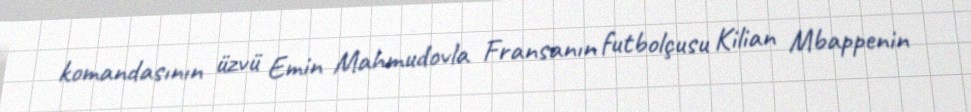
komandasının üzvü Emin Mahmudovla Fransanın futbolçusu Kilian Mbappenin